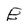
Character: E